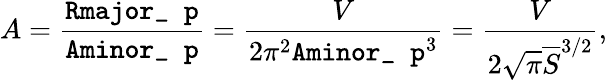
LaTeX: A=\frac{\texttt{Rmajor\_ p}}{\texttt{Aminor\_ p}}=\frac{V}{2\pi^{2}\texttt{Aminor\_ p}^{3}}=\frac{V}{2\sqrt{\pi}\overline{S}^{3/2}},